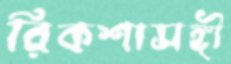
রিকশাসঙ্গী